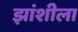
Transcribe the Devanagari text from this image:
झांशीला